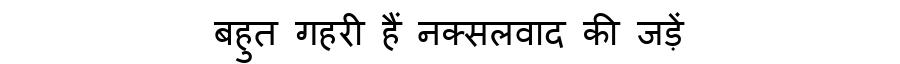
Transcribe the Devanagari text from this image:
बहुत गहरी हैं नक्सलवाद की जड़ें